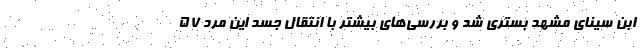
ابن سینای مشهد بستری شد و بررسی‌های بیشتر با انتقال جسد این مرد ۵۷